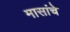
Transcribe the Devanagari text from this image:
मासांचे